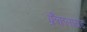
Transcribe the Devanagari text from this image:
फ्रैंकलायड